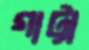
গাট্টা